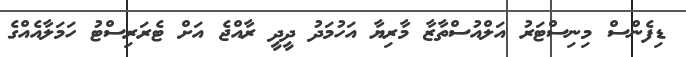
ޑިފެންސް މިނިސްޓަރު އަލްއުސްތާޒާ މާރިޔާ އަހުމަދު ދީދީ ރާއްޖެ އަށް ޓެރަރިސްޓު ހަމަލާއެއްގެ